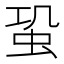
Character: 𧉨